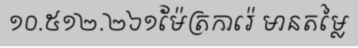
១០.៥១២.២៦១ម៉ែត្រការ៉េ មានតម្លៃ